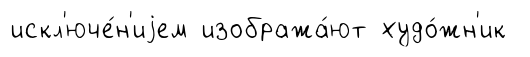
искл'юче́н'иjем изобража́ют худо́жн'ик